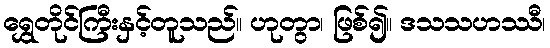
ရွှေတိုင်ကြီးနှင့်တူသည်။ ဟုတွာ၊ ဖြစ်၍။ ဒသသဟဿီ၊